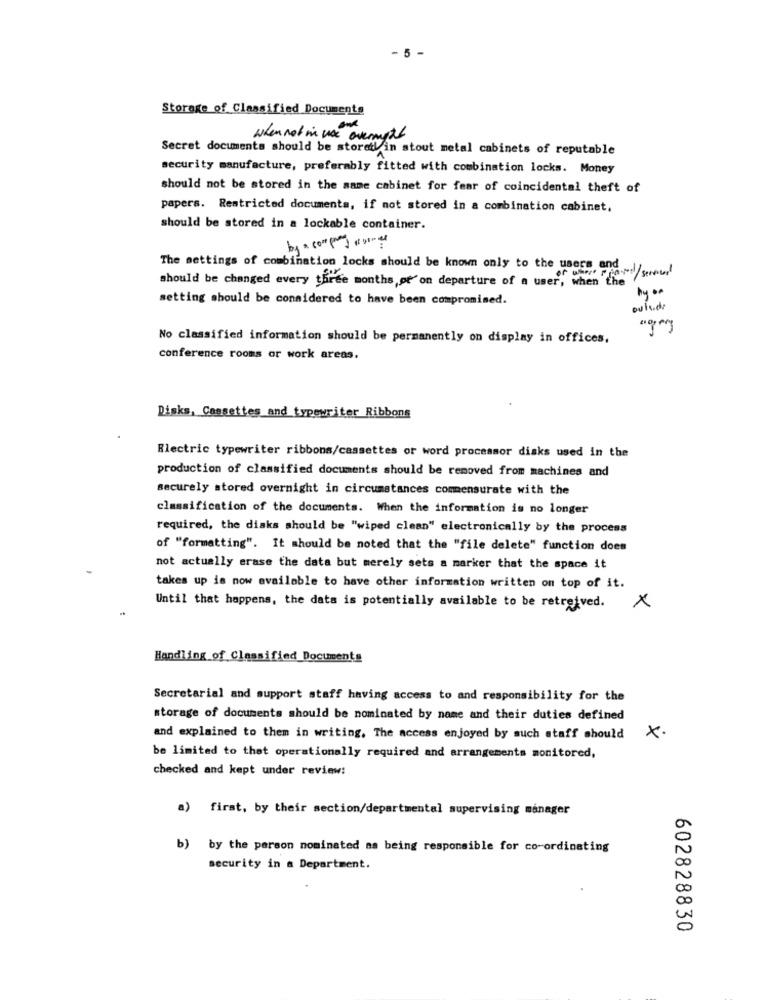
- 5 -
Storage of Classified Documents
when not in use overnytt
Secret documents should be storetl in stout metal cabinets of reputable
security manufacture, preferably fitted with combination locks. Money
should not be stored in the same cabinet for fear of coincidental theft of
papers. Restricted documents, if not stored in a combination cabinet,
should be stored in a lockable container.
The settings of combination locks should be known only to the users and
should be changed every three months, pt on departure of a user, when the/ server
by ..
setting should be considered to have been compromised.
outside
No classified information should be permanently on display in offices.
conference rooms or work areas.
Disks, Cassettes and typewriter Ribbons
Electric typewriter ribbons/cassettes or word processor disks used in the
production of classified documents should be removed from machines and
securely stored overnight in circumstances commensurate with the
classification of the documents. When the information is no longer
required, the disks should be "wiped clean" electronically by the process
of "formatting". It should be noted that the "file delete" function does
not actually erase the data but merely sets a marker that the space it
takes up is now available to have other information written on top of it.
Until that happens, the data is potentially available to be retreived.
×
Handling of Classified Documents
Secretarial and support staff having access to and responsibility for the
storage of documents should be nominated by name and their duties defined
and explained to them in writing, The access enjoyed by such staff should
x-
be limited to that operationally required and arrangements monitored,
checked and kept under review:
a) first, by their section/departmental supervising manager
b)
by the person nominated as being responsible for co-ordinating
security in a Department.
602828830